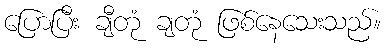
ပြောပြီး ချီတုံ ချတုံ ဖြစ်နေသေးသည်။